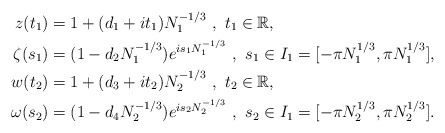
\begin{align*}z(t_1)&=1+(d_1+it_1)N_1^{-1/3}\,\,,\,\,t_1\in\mathbb{R},\\\zeta(s_1)&=(1-d_2N_1^{-1/3})e^{is_1N_1^{-1/3}}\,\,,\,\,s_1\in I_1=[-\pi N_1^{1/3},\pi N_1^{1/3}],\\w(t_2)&=1+(d_3+it_2)N_2^{-1/3}\,\,,\,\,t_2\in\mathbb{R},\\\omega(s_2)&=(1-d_4N_2^{-1/3})e^{is_2N_2^{-1/3}}\,\,,\,\,s_2\in I_1=[-\pi N_2^{1/3},\pi N_2^{1/3}].\end{align*}